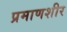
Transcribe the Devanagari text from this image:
प्रमाणशीर